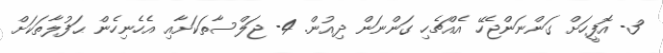
3- އޮފީހަށް ގަންނަންޖެހޭ އެއްޗެހި ގަންނަން ދިއުން. 4- ޖަލްސާތަކަށާއި އެހެނިހެން ޙަފުލާތަކަށް